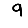
Digit: 9